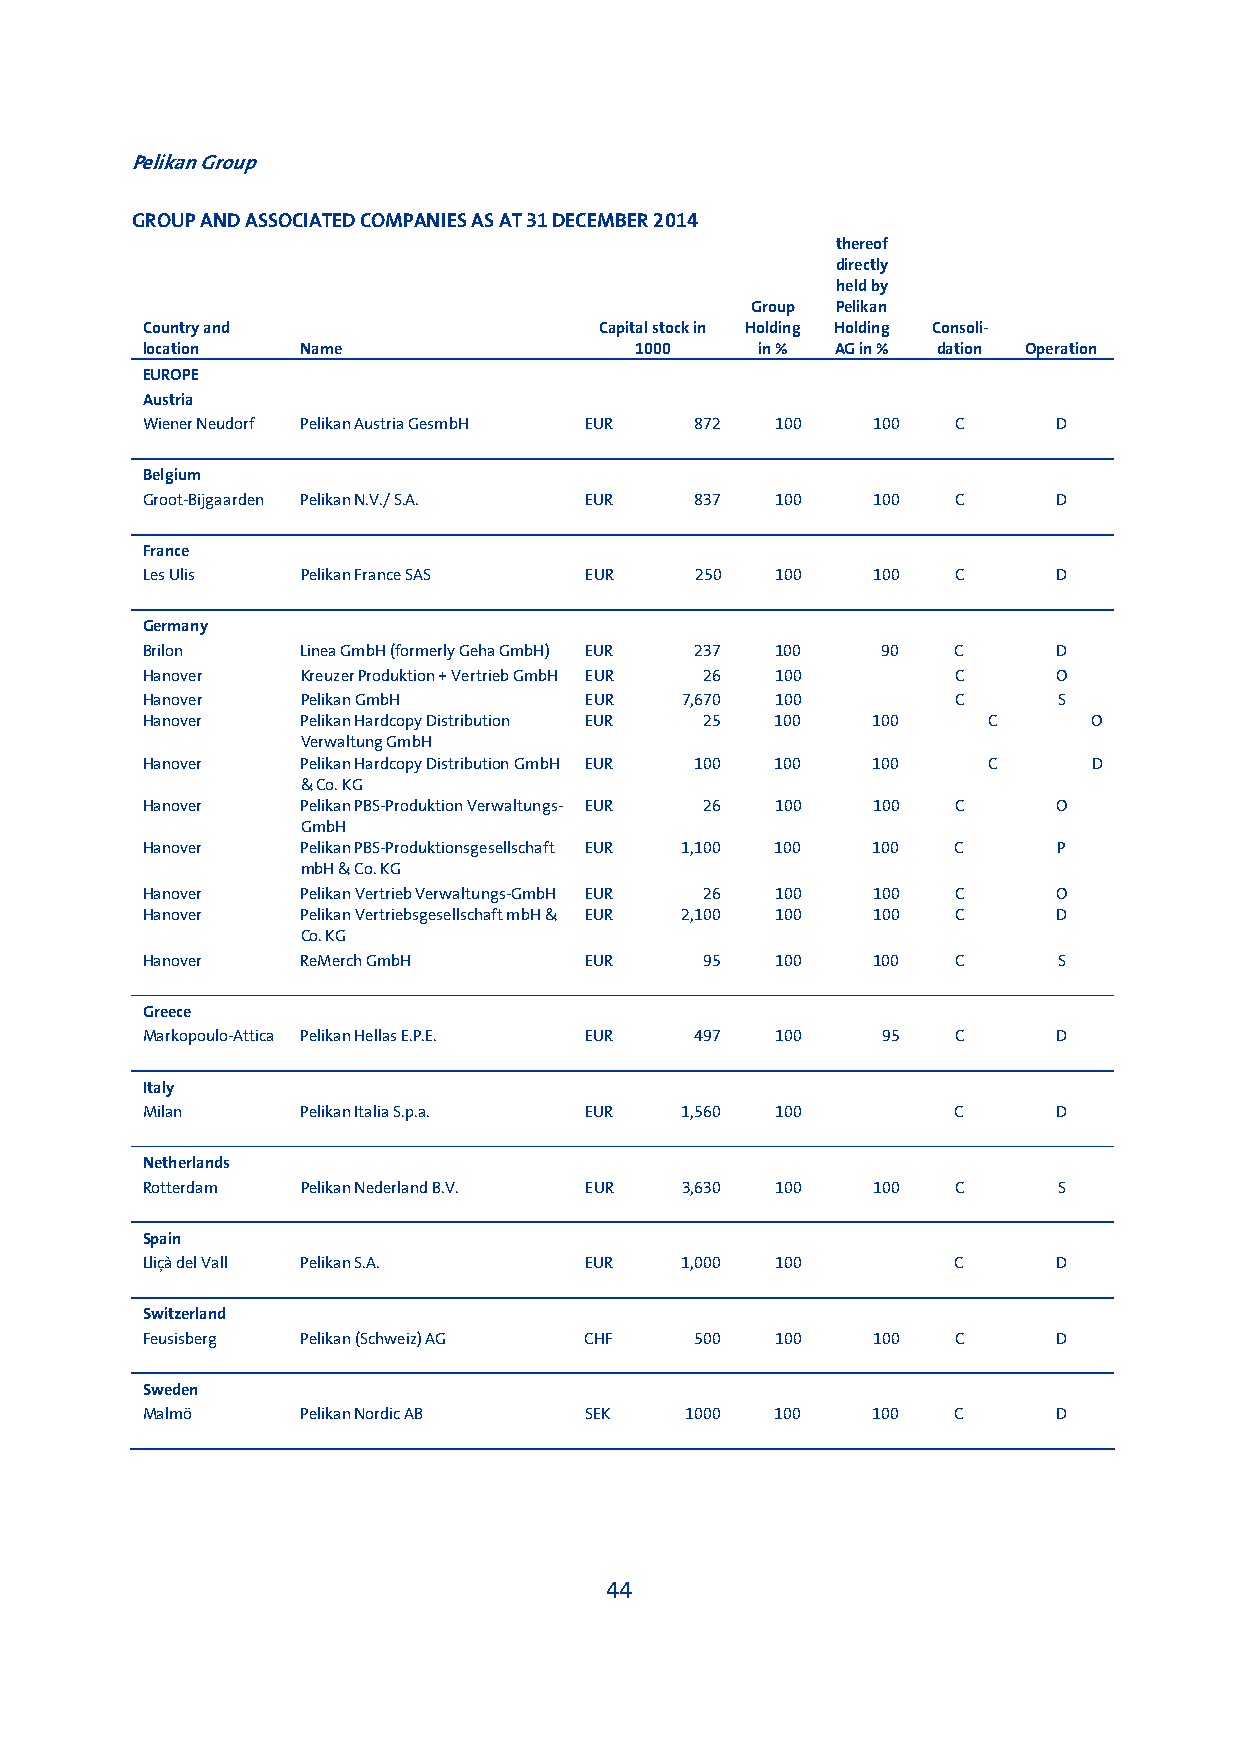
Pelikan Group
 GROUP AND ASSOCIATED COMPANIES AS AT 31 DECEMBER 2014
 thereof
 directly
 held by
 Group Pelikan
 Country and                    Capital stock in Holding Holding Consoli-
 location   Name                  1000    in % AG in % dation Operation
 EUROPE
 Austria
 Wiener Neudorf Pelikan Austria GesmbH EUR 872 100 100 C      D
 Belgium
 Groot-Bijgaarden Pelikan N.V./ S.A. EUR 837 100  100  C      D
 France
 Les Ulis   Pelikan France SAS EUR    250  100    100  C      D
 Germany
 Brilon     Linea GmbH (formerly Geha GmbH) EUR 237 100 90 C  D
 Hanover    Kreuzer Produktion + Vertrieb GmbH EUR 26 100 C   O
 Hanover    Pelikan GmbH       EUR   7,670 100         C      S
 Hanover    Pelikan Hardcopy Distribution EUR 25 100 100 C      O
 Verwaltung GmbH
 Hanover    Pelikan Hardcopy Distribution GmbH EUR 100 100 100 C D
 & Co. KG
 Hanover    Pelikan PBS-Produktion Verwaltungs- EUR 26 100 100 C O
 GmbH
 Hanover    Pelikan PBS-Produktionsgesellschaft EUR 1,100 100 100 C P
 mbH & Co. KG
 Hanover    Pelikan Vertrieb Verwaltungs-GmbH EUR 26 100 100 C O
 Hanover    Pelikan Vertriebsgesellschaft mbH & EUR 2,100 100 100 C D
 Co. KG
 Hanover    ReMerch GmbH       EUR     95  100    100  C      S
 Greece
 Markopoulo-Attica Pelikan Hellas E.P.E. EUR 497 100 95 C     D
 Italy
 Milan      Pelikan Italia S.p.a. EUR 1,560 100        C      D
 Netherlands
 Rotterdam  Pelikan Nederland B.V. EUR 3,630 100  100  C      S
 Spain
 Lliçà del Vall Pelikan S.A.   EUR   1,000 100         C      D
 Switzerland
 Feusisberg Pelikan (Schweiz) AG CHF  500  100    100  C      D
 Sweden
 Malmö      Pelikan Nordic AB  SEK   1000  100    100  C      D
 44